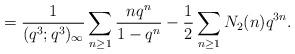
LaTeX: \begin{align*}=\frac{1}{(q^3;q^3)_{\infty}}\sum_{n\ge1}\frac{nq^n}{1-q^n}-\frac{1}{2}\sum_{n\ge1}N_2(n)q^{3n}.\end{align*}